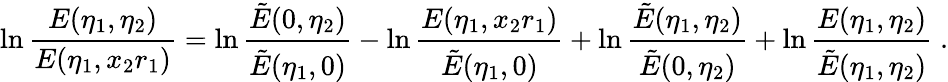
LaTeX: \ln\frac{E(\eta_{1},\eta_{2})}{E(\eta_{1},x_{2}r_{1})}=\ln\frac{\tilde{E}(0,\eta_{2})}{\tilde{E}(\eta_{1},0)}-\ln\frac{E(\eta_{1},x_{2}r_{1})}{\tilde{E}(\eta_{1},0)}+\ln\frac{\tilde{E}(\eta_{1},\eta_{2})}{\tilde{E}(0,\eta_{2})}+\ln\frac{E(\eta_{1},\eta_{2})}{\tilde{E}(\eta_{1},\eta_{2})}\; .